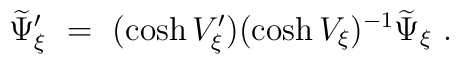
\widetilde \Psi_{\xi}'\ =\ (\cosh V_{\xi}') (\cosh V_{\xi})^{-1}\widetilde \Psi_{\xi}\ .